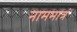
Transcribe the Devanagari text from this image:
नाममात्रं